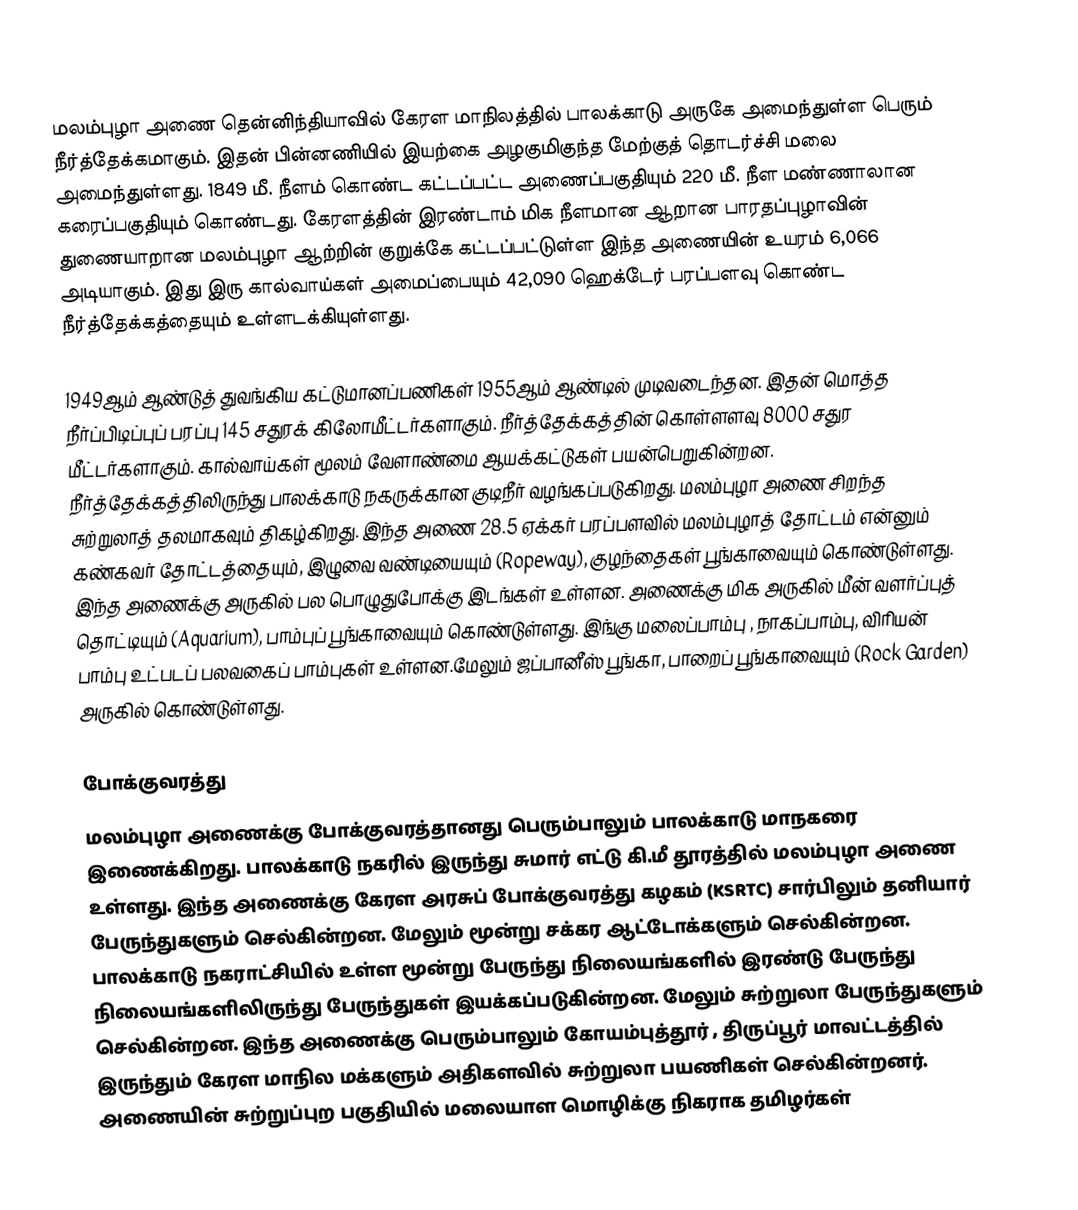
மலம்புழா அணை  தென்னிந்தியாவில் கேரள மாநிலத்தில் பாலக்காடு அருகே அமைந்துள்ள பெரும் நீர்த்தேக்கமாகும். இதன் பின்னணியில் இயற்கை அழகுமிகுந்த மேற்குத் தொடர்ச்சி மலை அமைந்துள்ளது. 1849 மீ. நீளம் கொண்ட கட்டப்பட்ட அணைப்பகுதியும் 220 மீ. நீள மண்ணாலான கரைப்பகுதியும் கொண்டது. கேரளத்தின் இரண்டாம் மிக நீளமான ஆறான பாரதப்புழாவின் துணையாறான மலம்புழா ஆற்றின் குறுக்கே கட்டப்பட்டுள்ள இந்த அணையின் உயரம் 6,066 அடியாகும். இது இரு கால்வாய்கள் அமைப்பையும்  42,090 ஹெக்டேர் பரப்பளவு கொண்ட நீர்த்தேக்கத்தையும் உள்ளடக்கியுள்ளது.

1949ஆம் ஆண்டுத் துவங்கிய கட்டுமானப்பணிகள் 1955ஆம் ஆண்டில் முடிவடைந்தன. இதன் மொத்த நீர்ப்பிடிப்புப் பரப்பு 145 சதுரக் கிலோமீட்டர்களாகும். நீர்த்தேக்கத்தின் கொள்ளளவு 8000 சதுர மீட்டர்களாகும். கால்வாய்கள் மூலம் வேளாண்மை ஆயக்கட்டுகள் பயன்பெறுகின்றன. நீர்த்தேக்கத்திலிருந்து பாலக்காடு நகருக்கான குடிநீர் வழங்கப்படுகிறது. மலம்புழா அணை சிறந்த சுற்றுலாத் தலமாகவும் திகழ்கிறது. இந்த அணை 28.5 ஏக்கர் பரப்பளவில் மலம்புழாத் தோட்டம் என்னும் கண்கவர் தோட்டத்தையும்,  இழுவை வண்டியையும் (Ropeway), குழந்தைகள் பூங்காவையும் கொண்டுள்ளது. இந்த அணைக்கு அருகில் பல பொழுதுபோக்கு இடங்கள் உள்ளன. அணைக்கு மிக அருகில் மீன் வளர்ப்புத் தொட்டியும் (Aquarium), பாம்புப் பூங்காவையும் கொண்டுள்ளது. இங்கு மலைப்பாம்பு , நாகப்பாம்பு, விரியன் பாம்பு உட்படப் பலவகைப் பாம்புகள் உள்ளன.மேலும் ஜப்பானீஸ் பூங்கா, பாறைப் பூங்காவையும் (Rock Garden) அருகில் கொண்டுள்ளது.

போக்குவரத்து
மலம்புழா அணைக்கு போக்குவரத்தானது பெரும்பாலும் பாலக்காடு மாநகரை இணைக்கிறது. பாலக்காடு நகரில் இருந்து சுமார் எட்டு கி.மீ தூரத்தில் மலம்புழா அணை உள்ளது. இந்த அணைக்கு கேரள அரசுப் போக்குவரத்து கழகம் (KSRTC) சார்பிலும் தனியார் பேருந்துகளும் செல்கின்றன. மேலும் மூன்று சக்கர ஆட்டோக்களும் செல்கின்றன. பாலக்காடு நகராட்சியில் உள்ள மூன்று பேருந்து நிலையங்களில் இரண்டு பேருந்து நிலையங்களிலிருந்து பேருந்துகள் இயக்கப்படுகின்றன. மேலும் சுற்றுலா பேருந்துகளும் செல்கின்றன. இந்த அணைக்கு பெரும்பாலும் கோயம்புத்தூர் , திருப்பூர் மாவட்டத்தில் இருந்தும் கேரள மாநில மக்களும் அதிகளவில் சுற்றுலா பயணிகள் செல்கின்றனர். அணையின் சுற்றுப்புற பகுதியில் மலையாள மொழிக்கு நிகராக தமிழர்கள்